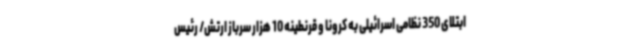
ابتلای 350 نظامی اسرائیلی به کرونا و قرنطینه 10 هزار سرباز ارتش/ رئیس